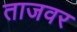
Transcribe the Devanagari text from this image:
ताजवर